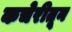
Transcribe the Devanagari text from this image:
कचेरीतून